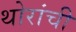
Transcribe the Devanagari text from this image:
थोरांची